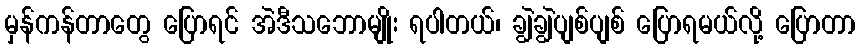
မှန်ကန်တာတွေ ပြောရင် အဲဒီသဘောမျိုး ရပါတယ်၊ ချွဲချွဲပျစ်ပျစ် ပြောရမယ်လို့ ပြောတာ